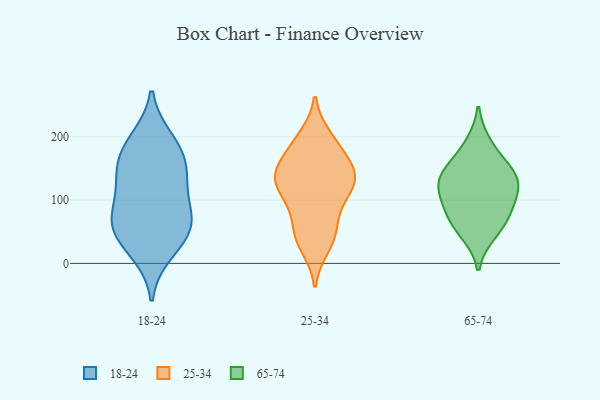
{"axis": {"x": "Budget (USD K)", "y": "Value"}, "legend": ["18-24", "25-34", "65-74"], "data": [{"x": "", "y": 133, "type": "18-24"}, {"x": "", "y": 18, "type": "18-24"}, {"x": "", "y": 61, "type": "18-24"}, {"x": "", "y": 164, "type": "18-24"}, {"x": "", "y": 75, "type": "18-24"}, {"x": "", "y": 76, "type": "18-24"}, {"x": "", "y": 195, "type": "18-24"}, {"x": "", "y": 118, "type": "18-24"}, {"x": "", "y": 56, "type": "18-24"}, {"x": "", "y": 39, "type": "18-24"}, {"x": "", "y": 148, "type": "18-24"}, {"x": "", "y": 185, "type": "18-24"}, {"x": "", "y": 137, "type": "25-34"}, {"x": "", "y": 62, "type": "25-34"}, {"x": "", "y": 42, "type": "25-34"}, {"x": "", "y": 46, "type": "25-34"}, {"x": "", "y": 113, "type": "25-34"}, {"x": "", "y": 27, "type": "25-34"}, {"x": "", "y": 132, "type": "25-34"}, {"x": "", "y": 96, "type": "25-34"}, {"x": "", "y": 153, "type": "25-34"}, {"x": "", "y": 187, "type": "25-34"}, {"x": "", "y": 199, "type": "25-34"}, {"x": "", "y": 186, "type": "25-34"}, {"x": "", "y": 140, "type": "25-34"}, {"x": "", "y": 106, "type": "25-34"}, {"x": "", "y": 137, "type": "25-34"}, {"x": "", "y": 146, "type": "25-34"}, {"x": "", "y": 189, "type": "65-74"}, {"x": "", "y": 63, "type": "65-74"}, {"x": "", "y": 91, "type": "65-74"}, {"x": "", "y": 129, "type": "65-74"}, {"x": "", "y": 147, "type": "65-74"}, {"x": "", "y": 82, "type": "65-74"}, {"x": "", "y": 152, "type": "65-74"}, {"x": "", "y": 48, "type": "65-74"}, {"x": "", "y": 121, "type": "65-74"}, {"x": "", "y": 120, "type": "65-74"}]}